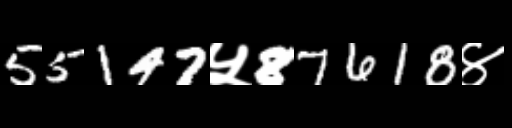
Text: 55147५87618४